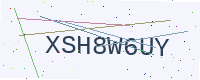
Text: XSH8W6UY